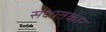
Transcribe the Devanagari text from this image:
सक्षातकार